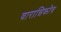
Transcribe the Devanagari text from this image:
वारान्निकोव